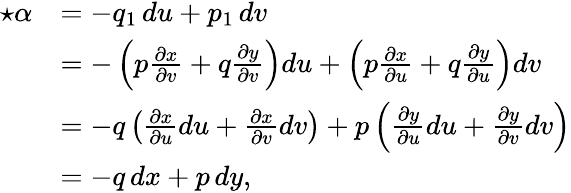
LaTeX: {\begin{array}{rl}{{\star}\alpha}&{=-q_{1}\, du+p_{1}\, dv}\\ &{=-\left(p{\frac{\partial x}{\partial v}}+q{\frac{\partial y}{\partial v}}\right)du+\left(p{\frac{\partial x}{\partial u}}+q{\frac{\partial y}{\partial u}}\right)dv}\\ &{=-q\left({\frac{\partial x}{\partial u}}du+{\frac{\partial x}{\partial v}}dv\right)+p\left({\frac{\partial y}{\partial u}}du+{\frac{\partial y}{\partial v}}dv\right)}\\ &{=-q\, dx+p\, dy,}\end{array}}